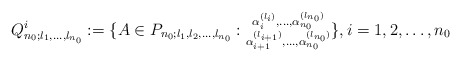
\begin{align*}Q^i_{n_0;l_1,\ldots,l_{n_0}}:=\{A\in P_{n_0;l_1,l_2,\ldots,l_{n_0}}:\substack{ \alpha^{(l_i)}_i,\ldots,\alpha^{(l_{n_0})}_{n_0}\\ \alpha^{(l_{i+1})}_{i+1},\ldots,\alpha^{(l_{n_0})}_{n_0}}\}, i=1,2,\ldots, n_0\end{align*}